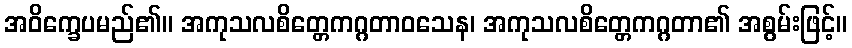
အဝိက္ခေပမည်၏။ အကုသလစိတ္တေကဂ္ဂတာဝသေန၊ အကုသလစိတ္တေကဂ္ဂတာ၏ အစွမ်းဖြင့်။